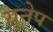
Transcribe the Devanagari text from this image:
युनेप